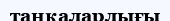
таңқаларлығы